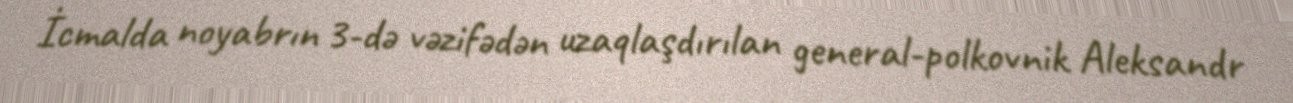
İcmalda noyabrın 3-də vəzifədən uzaqlaşdırılan general-polkovnik Aleksandr